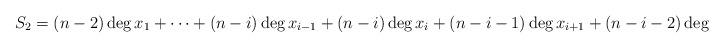
LaTeX: \begin{align*}S_2=(n-2)\deg x_1+\dots+(n-i)\deg x_{i-1}+(n-i)\deg x_i+(n-i-1)\deg x_{i+1}+(n-i-2)\deg x_{n-i-2}+\dots+\deg x_{n-1}\end{align*}